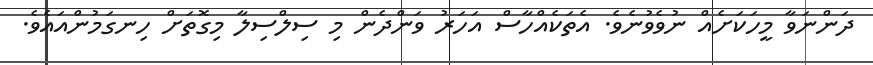
ދަންނަވާ މީހަކަށެއް ނުވެވުނެވެ. އެތަކެއްހާސް އަހަރު ވަންދެން މި ސިލްސިލާ މިގޮތަށް ހިނގަމުންއައެވެ.